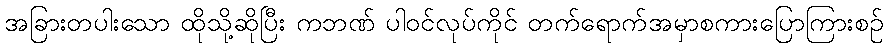
အခြားတပါးသော ထိုသို့ဆိုပြီး ကဘဏ် ပါဝင်လုပ်ကိုင် တက်ရောက်အမှာစကားပြောကြားစဉ်